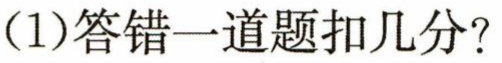
(1)答错一道题扣几分？